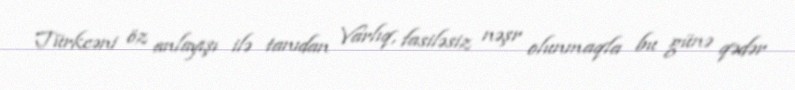
Türkcəni öz anlayışı ilə tanıdan Varlıq, fasiləsiz nəşr olunmaqla bu günə qədər